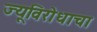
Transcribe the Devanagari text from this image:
ज्यूविरोधाचा